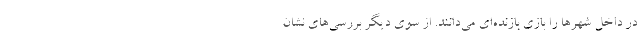
در داخل شهر‌ها را بازی بازنده‌ای می‌دانند. از سوی دیگر بررسی‌های نشان